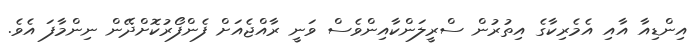
އިންޑިއާ އާއި އެމެރިކާގެ އިތުރުން ސްރީލަންކާއިންވެސް ވަނީ ރާއްޖެއަށް ފެންފޯރުކޮށްދޭން ނިންމާފަ އެވެ.